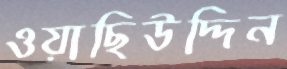
ওয়াছিউদ্দিন